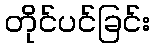
တိုင်ပင်ခြင်း